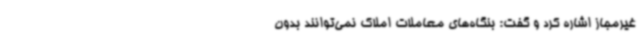
غیرمجاز اشاره کرد و گفت: بنگاه‌های معاملات املاک نمی‌توانند بدون